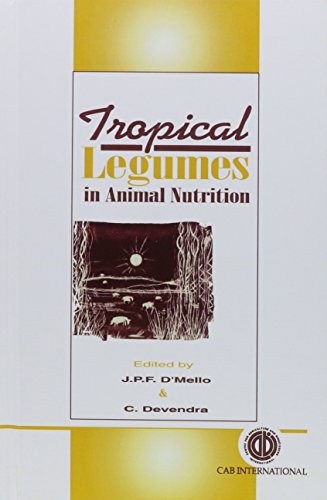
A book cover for Tropical Legumes in Animal Nutrition; CABI; Science & Math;